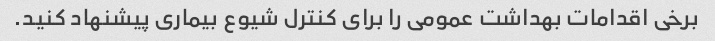
برخی اقدامات بهداشت عمومی را برای کنترل شیوع بیماری پیشنهاد کنید.